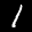
Label: 1